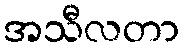
အသီလတာ